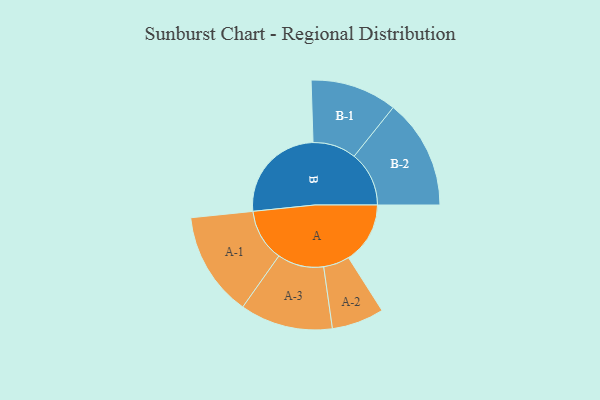
{"axis": {"x": "Segment", "y": "Value"}, "legend": ["", "A", "B"], "data": [{"x": "A", "y": 304, "type": ""}, {"x": "B", "y": 497, "type": ""}, {"x": "A-1", "y": 258, "type": "A"}, {"x": "A-2", "y": 129, "type": "A"}, {"x": "A-3", "y": 229, "type": "A"}, {"x": "B-1", "y": 214, "type": "B"}, {"x": "B-2", "y": 271, "type": "B"}]}